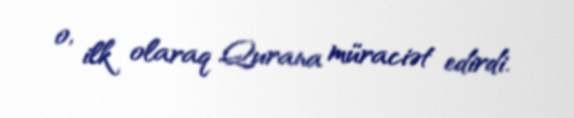
o, ilk olaraq Qurana müraciət edirdi.